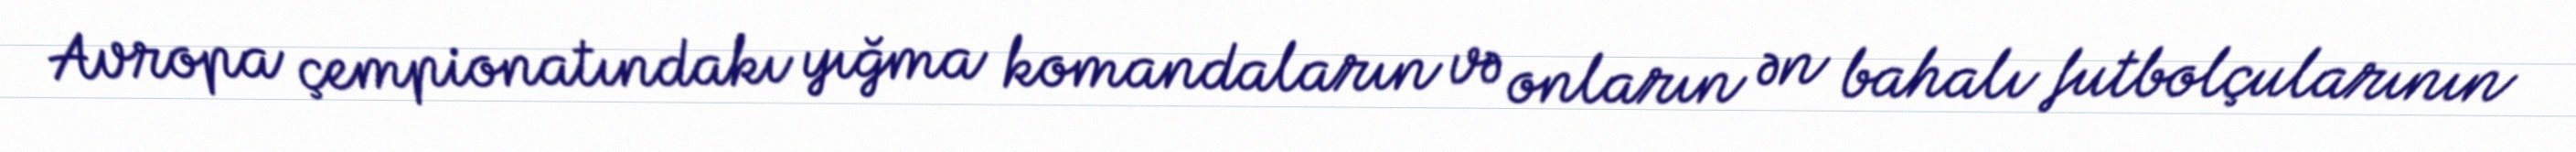
Avropa çempionatındakı yığma komandaların və onların ən bahalı futbolçularının